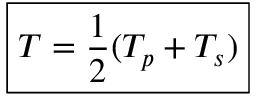
\boxed { T = \frac { 1 } { 2 } ( T _ { p } + T _ { s } ) }